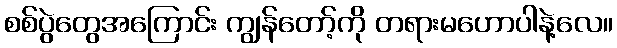
စစ်ပွဲတွေအကြောင်း ကျွန်တော့်ကို တရားမဟောပါနဲ့လေ။